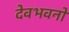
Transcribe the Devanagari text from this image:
देवभवनों